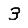
Digit: 3